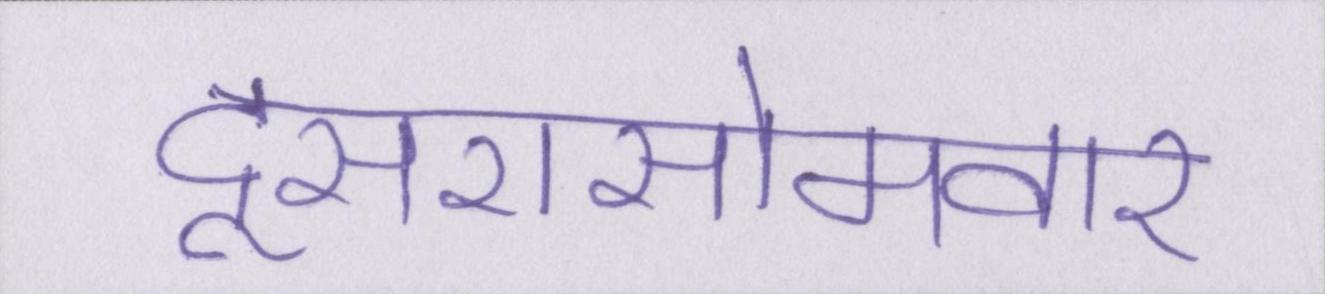
दूसरासोमवार